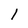
Character: l